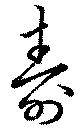
壽